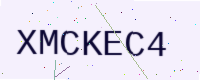
Text: XMCKEC4